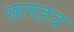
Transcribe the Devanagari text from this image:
सलहद